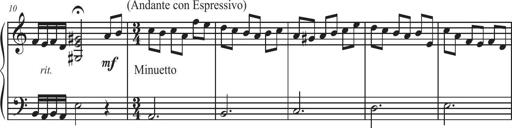
Title: Sonatina Espania
Composer: Jerald Franklin Archer
Key: Various